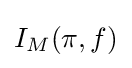
\displaystyle I_{M}(\pi ,f)